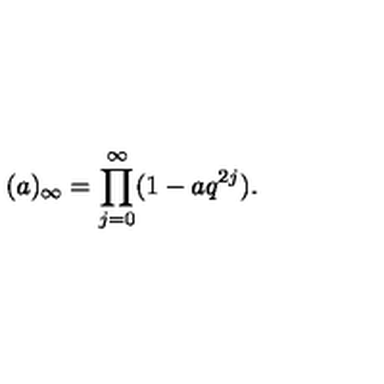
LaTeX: ( a ) _ { \infty } = \prod _ { j = 0 } ^ { \infty } ( 1 - a q ^ { 2 j } ) .